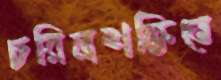
চরিত্রশক্তিতে